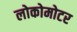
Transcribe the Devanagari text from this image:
लोकोमोटर